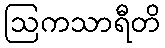
ဩကသာရီတိ